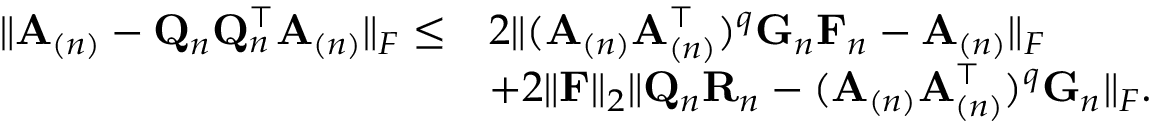
\begin{array} { r l } { \| \mathbf { A } _ { ( n ) } - \mathbf { Q } _ { n } \mathbf { Q } _ { n } ^ { \top } \mathbf { A } _ { ( n ) } \| _ { F } \leq } & { 2 \| ( \mathbf { A } _ { ( n ) } \mathbf { A } _ { ( n ) } ^ { \top } ) ^ { q } \mathbf { G } _ { n } \mathbf { F } _ { n } - \mathbf { A } _ { ( n ) } \| _ { F } } \\ & { + 2 \| \mathbf { F } \| _ { 2 } \| \mathbf { Q } _ { n } \mathbf { R } _ { n } - ( \mathbf { A } _ { ( n ) } \mathbf { A } _ { ( n ) } ^ { \top } ) ^ { q } \mathbf { G } _ { n } \| _ { F } . } \end{array}